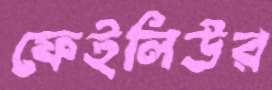
ফেইলিউর